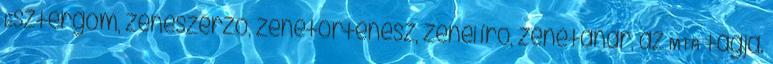
Esztergom, zeneszerző, zenetörténész, zenei író, zenetanár, az MTA tagja.